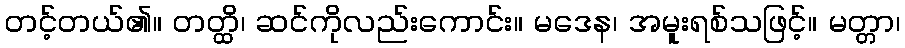
တင့်တယ်၏။ တတ္ထိ၊ ဆင်ကိုလည်းကောင်း။ မဒေန၊ အမူးရစ်သဖြင့်။ မတ္တာ၊